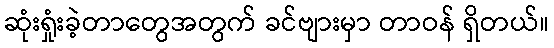
ဆုံးရှုံးခဲ့တာတွေအတွက် ခင်ဗျားမှာ တာဝန် ရှိတယ်။